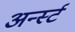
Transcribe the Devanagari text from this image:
अर्न्‍स्ट